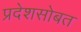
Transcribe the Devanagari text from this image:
प्रदेशसोबत